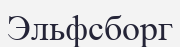
Эльфсборг